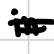
Text: in
Cross-out: double-line
Writing tool: digital_black